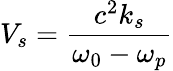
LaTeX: V_{s}=\frac{c^{2}k_{s}}{\omega_{0}-\omega_{p}}